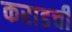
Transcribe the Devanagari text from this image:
कराडची